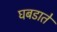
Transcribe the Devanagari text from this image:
घबडाते